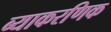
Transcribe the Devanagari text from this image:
ब्याकरणिक